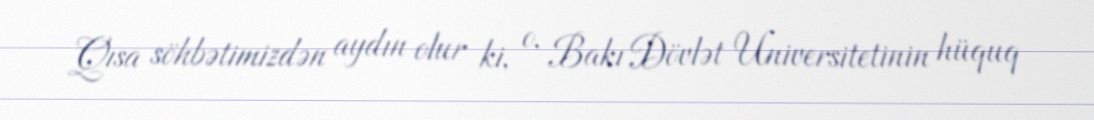
Qısa söhbətimizdən aydın olur ki, o, Bakı Dövlət Universitetinin hüquq